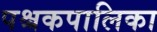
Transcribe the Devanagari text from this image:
पश्चकपालिका